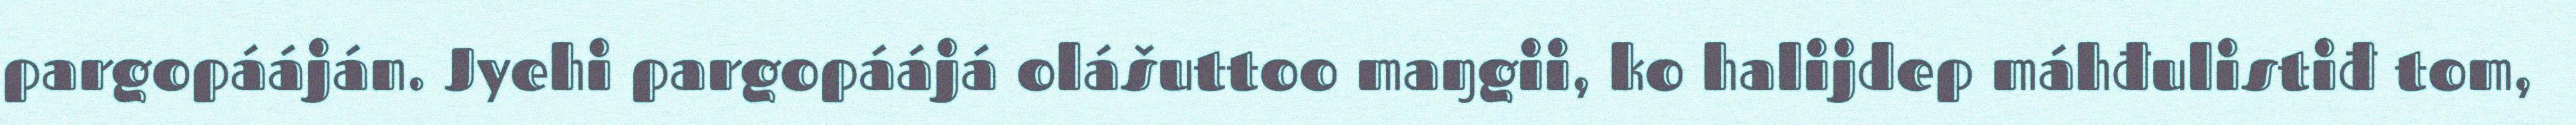
pargopááján. Jyehi pargopáájá olášuttoo maŋgii, ko halijdep máhđulistiđ tom,